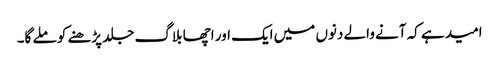
امید ہے کہ آنے والے دنوں میں ایک اور اچھا بلاگ جلد پڑھنے کو ملے گا۔